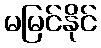
မမြင်နိုင်